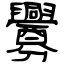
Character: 釁